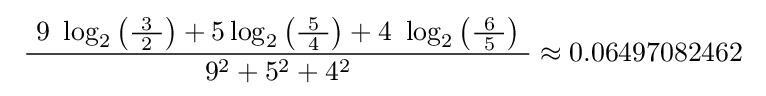
\ {\frac {\ 9\ \log _{2}\left({\frac {\ 3\ }{2}}\right)+5\log _{2}\left({\frac {\ 5\ }{4}}\right)+4\ \log _{2}\left({\frac {\ 6\ }{5}}\right)\ }{\ 9^{2}+5^{2}+4^{2}\ }}\approx 0.06497082462\